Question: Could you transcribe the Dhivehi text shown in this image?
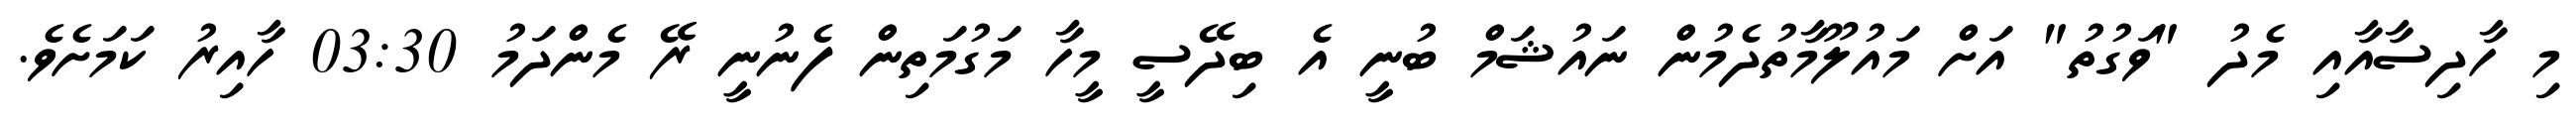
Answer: މި ހާދިސާއާއި މެދު "ވަގުތު" އަށް މައުލޫމާތުދެމުން ނައުޝަމް ބުނީ އެ ބިދޭސީ މީހާ މަގުމަތިން ފެނުނީ ރޭ މެންދަމު 03:30 ހާއިރު ކަމަށެވެ.